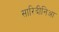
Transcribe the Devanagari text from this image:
सारिदीनिआ